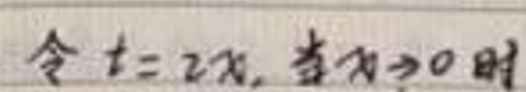
令\(t = 2 x\)，当\(x>0\)时